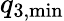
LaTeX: q_{3,\mathrm{min}}